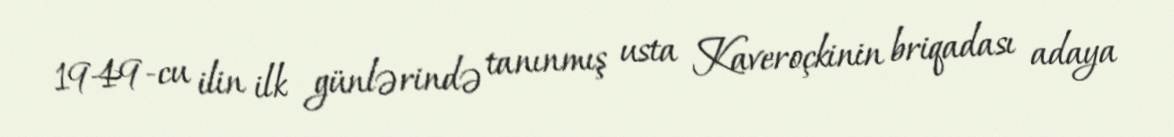
1949-cu ilin ilk günlərində tanınmış usta Kaveroçkinin briqadası adaya